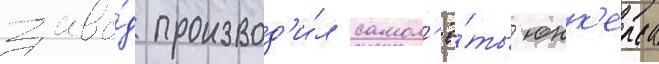
заво́д производ'и́л самол'ё́ты юнк'ерса